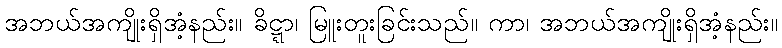
အဘယ်အကျိုးရှိအံ့နည်း။ ခိဋ္ဋာ၊ မြူးတူးခြင်းသည်။ ကာ၊ အဘယ်အကျိုးရှိအံ့နည်း။